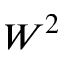
W ^ { 2 }